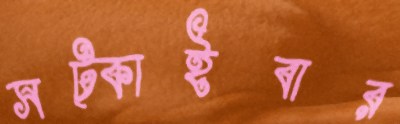
সট্‌কাইবার